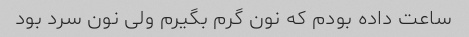
ساعت داده بودم که نون گرم بگیرم ولی نون سرد بود